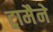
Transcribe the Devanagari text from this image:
ट्रामैने